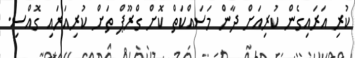
ކުރި އަރައިގެން ކުރިއަށް ދާން މަސައްކަތް ކޮށް ގްރޫޕް ތަށް ކުރިއަރައި ގޮއްސި.